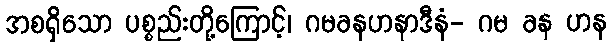
အစရှိသော ပစ္စည်းတို့ကြောင့်၊ ဂမခနဟနာဒီနံ- ဂမ ခန ဟန